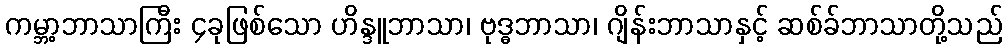
ကမ္ဘာ့ဘာသာကြီး ၄ခုဖြစ်သော ဟိန္ဒူဘာသာ၊ ဗုဒ္ဓဘာသာ၊ ဂျိန်းဘာသာနှင့် ဆစ်ခ်ဘာသာတို့သည်